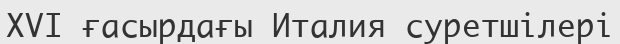
XVI ғасырдағы Италия суретшілері